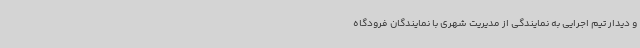
و دیدار تیم اجرایی به نمایندگی از مدیریت شهری با نمایندگان فرودگاه